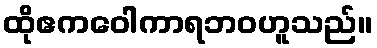
ထိုဧကဝေါကာရဘဝဟူသည်။